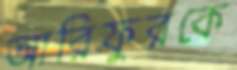
আরিফুরকে